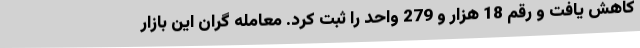
کاهش یافت و رقم 18 هزار و 279 واحد را ثبت کرد. معامله گران این بازار